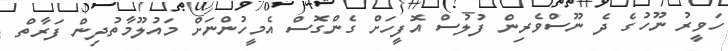
ހަވީރު ނޫހުގެ ދެ ނޫސްވެރިން ފުލުސް އޮފީހަށް ގެންގޮސް އެމީހުންނަށް މައުލޫމާތުދިން ފަރާތް